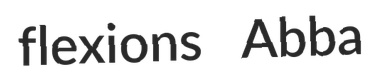
flexions Abba